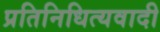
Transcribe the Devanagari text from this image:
प्रतिनिधित्यवादी